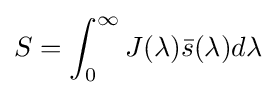
S=\int _{0}^{\infty }J(\lambda ){\bar {s}}(\lambda )d\lambda